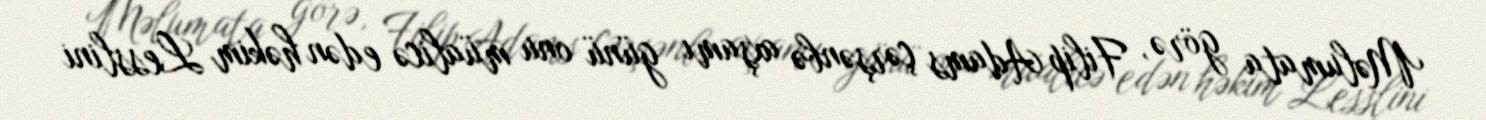
Məlumata görə, Filip Adams çərşənbə axşamı günü onu müalicə edən həkim Lesslini